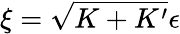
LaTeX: \xi=\sqrt{K+K^{\prime}}\epsilon